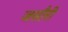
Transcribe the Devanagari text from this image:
जसौरी